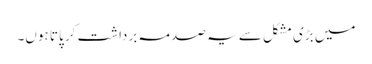
میں بڑی مشکل سے یہ صدمہ برداشت کر پاتا ہوں۔